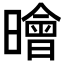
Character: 𣋘